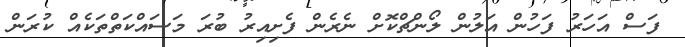
ފަސް އަހަރު ފަހުން އަލުން ލޯންޗްކޮށް ނެރެން ފެށިއިރު ބުރަ މަސައްކަތްތަކެއް ކުރަން